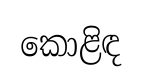
කොළිඳ